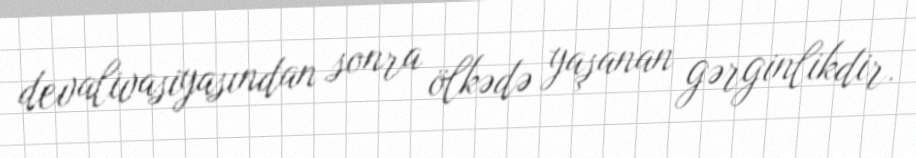
devalivasiyasından sonra ölkədə yaşanan gərginlikdir.